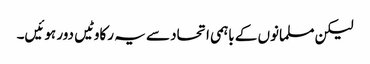
لیکن مسلمانوں کے باہمی اتحاد سے یہ رکاوٹیں دور ہوئیں۔